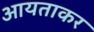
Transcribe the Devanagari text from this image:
आयताकर